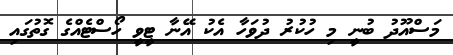
މަސްއޫދު ބުނީ މި ހުކުރު ދުވަހާ އެކު އޭނާ ޓީވީ ހޯސްޓެއްގެ ގޮތުގައި